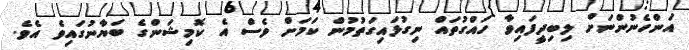
އަންހެނުންނަށް ލިބިދީފައިވާ ހައްގުތައް ނިގުޅައިގަތުމުން ކަމަށް ވެސް އެ ކޮމިޝަންގެ ބަޔާނުގައިވެ އެވެ.